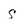
Character: s